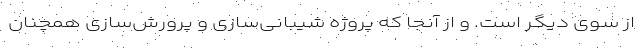
از سوی دیگر است. و از آنجا که پروژه‌ شیبانی‌سازی و پرورش‌سازی همچنان